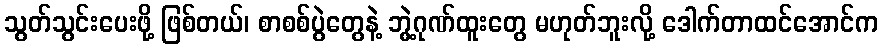
သွတ်သွင်းပေးဖို့ ဖြစ်တယ်၊ စာစစ်ပွဲတွေနဲ့ ဘွဲ့ဂုဏ်ထူးတွေ မဟုတ်ဘူးလို့ ဒေါက်တာထင်အောင်က